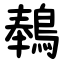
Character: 䳞